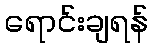
ရောင်းချရန်